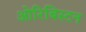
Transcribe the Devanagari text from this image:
ओरिबिस्टन